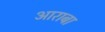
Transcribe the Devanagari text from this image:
आराबा